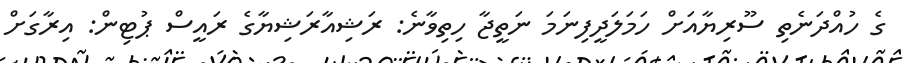
ގެ ހުއްދަނެތި ސޫރިޔާއަށް ހަމަލަދީފިނަމަ ނަތީޖާ ހިތިވާނެ: ރަޝިއާރަޝިޔާގެ ރައީސް ޕުޓިން: އިރާގަށް